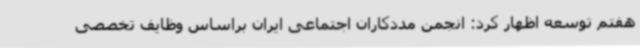
هفتم توسعه اظهار کرد: انجمن مددکاران اجتماعی ایران براساس وظایف تخصصی